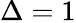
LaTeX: \Delta=1